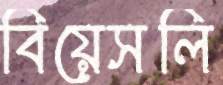
বিয়েসলি